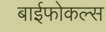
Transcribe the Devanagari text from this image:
बाईफोकल्स